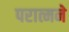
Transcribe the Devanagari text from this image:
परात्मने